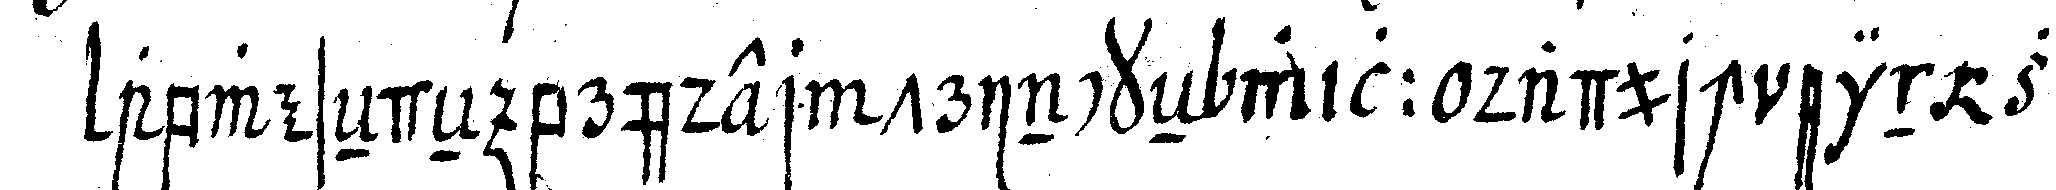
abweseNdeN brüder trinckeN will dadurch ein zei